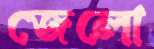
জেলো